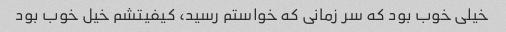
خیلی خوب بود که سر زمانی که خواستم رسید، کیفیتشم خیل خوب بود